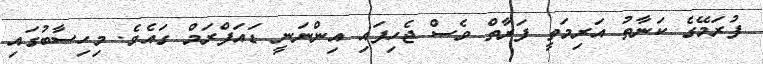
ފުރަމޭގެ ކަނާތު އަރިމަތީ ފަރާތް ވެސް ޖެހިފައި އިންނަނީ ޑައަފްރަމް ގައެވެ. މިހިސާބުގައި